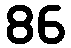
86